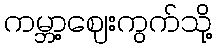
ကမ္ဘာ့ဈေးကွက်သို့